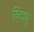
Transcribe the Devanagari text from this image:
विंदाणु